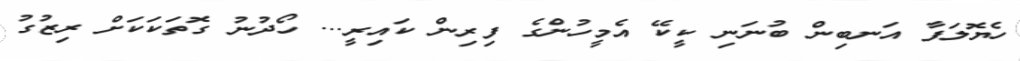
ހެޔޮލަފާ އަނބިން ބުނަނި ކީކޭ އެމީހުންގެ ފިރިން ކައިރީ... ހޯދުނު ގޮތަކަކަށް ރިޒުގު